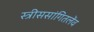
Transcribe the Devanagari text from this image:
स्त्रीससांगितलेंव